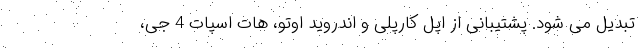
تبدیل می شود. پشتیبانی از اپل کارپلی و اندروید اوتو، هات اسپات 4 جی،